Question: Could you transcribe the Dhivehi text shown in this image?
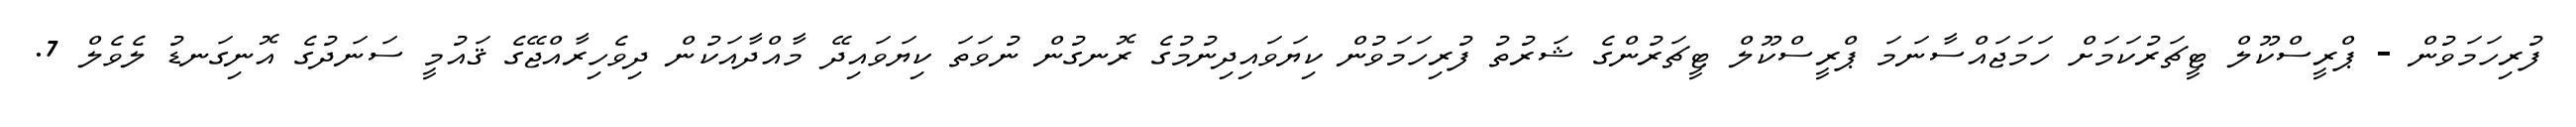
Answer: ފުރިހަމަވުން - ޕްރީސްކޫލް ޓީޗަރުކަމަށް ހަމަޖައްސާނަމަ ޕްރީސްކޫލް ޓީޗަރުންގެ ޝަރުތު ފުރިހަމަވުން ކިޔަވައިދިނުމުގެ ރޮނގުން ނުވަތަ ކިޔަވައިދޭ މާއްދާއަކުން ދިވެހިރާއްޖޭގެ ޤައުމީ ސަނަދުގެ އޮނިގަނޑު ލެވެލް 7.